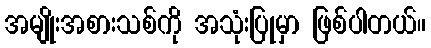
အမျိုးအစားသစ်ကို အသုံးပြုမှာ ဖြစ်ပါတယ်။